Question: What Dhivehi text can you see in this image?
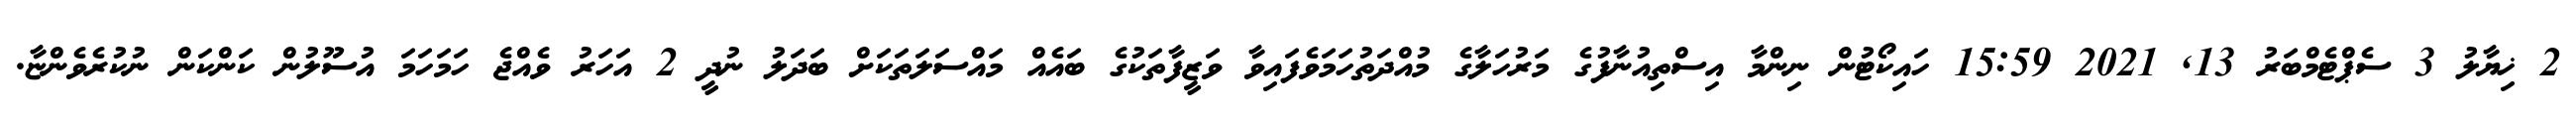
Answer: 2 ޚިޔާލު 3 ސެޕްޓެމްބަރު 13, 2021 15:59 ހައިކޯޓުން ނިންމާ އިސްތިއުނާފުގެ މަރުހަލާގެ މުއްދަތުހަމަވެފައިވާ ވަޒީފާތަކުގެ ބައެއް މައްސަލަތަކަށް ބަދަލު ނުދީ 2 އަހަރު ވެއްޖެ ހަމަހަމަ އުސޫލުން ކަންކަން ނުކުރެވެންޏާ.